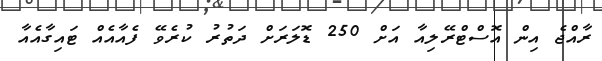
ރާއްޖެ އިން އޮސްޓްރޭލިއާ އަށް 250 ޑޮލަރަށް ދަތުރު ކުރެވޭ ފެއާއެއް ޓައިގާއެއާ